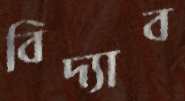
বিদ্যাব